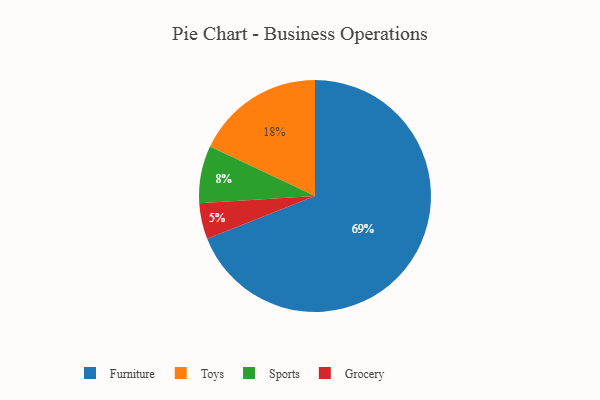
{"axis": {"x": "Category", "y": "Percentage"}, "legend": ["Furniture", "Grocery", "Sports", "Toys"], "data": [{"x": "Sports", "y": 8, "type": "Sports"}, {"x": "Grocery", "y": 5, "type": "Grocery"}, {"x": "Furniture", "y": 69, "type": "Furniture"}, {"x": "Toys", "y": 18, "type": "Toys"}]}